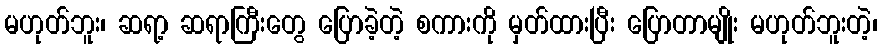
မဟုတ်ဘူး၊ ဆရာ့ ဆရာကြီးတွေ ပြောခဲ့တဲ့ စကားကို မှတ်ထားပြီး ပြောတာမျိုး မဟုတ်ဘူးတဲ့၊